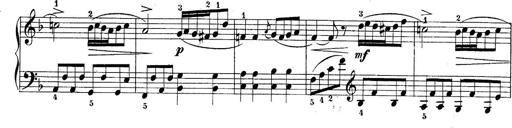
Title: 10 Sonatines progressives
Composer: Anton Schmoll